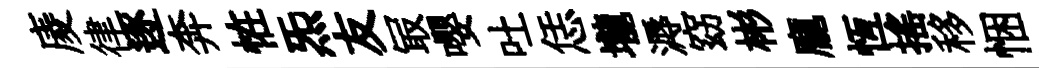
庱律逐奔恠炁友冣嚶吐恁壠溽窈彬龐恆搖移悃